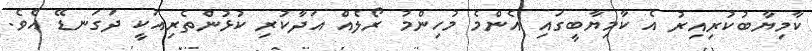
ކާމިޔާބުކުރިއިރު އެ ކާމިޔާބީގައި އެންމެ މުހިންމު ރޯލެއް އަދާކުރި ކުޅުންތެރިއަކީ ދަގަނޑޭ އެވެ.